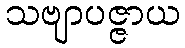
သဗျာပဇ္ဇာယ